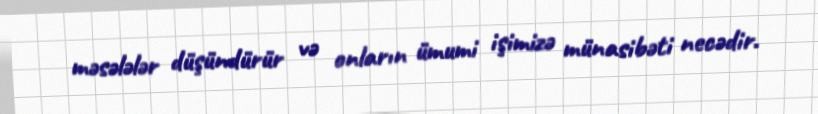
məsələlər düşündürür və onların ümumi işimizə münasibəti necədir.